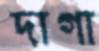
দাগা